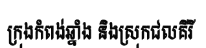
ក្រុងកំពង់ឆ្នាំង និងស្រុកជលគីរី